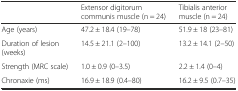
|  | Extensor digitorum communis muscle (n = 24) | Tibialis anterior muscle (n = 24) |
 | --- | --- | --- |
 | Age (years) | 47.2 ± 18.4 (19–78) | 51.9 ± 18 (23–81) |
 | Duration of lesion (weeks) | 14.5 ± 21.1 (2–100) | 13.2 ± 14.1 (2–50) |
 | Strength (MRC scale) | 1.0 ± 0.9 (0–3.5) | 2.2 ± 1.4 (0–4) |
 | Chronaxie (ms) | 16.9 ± 18.9 (0.4–80) | 16.2 ± 9.5 (0.7–35) |